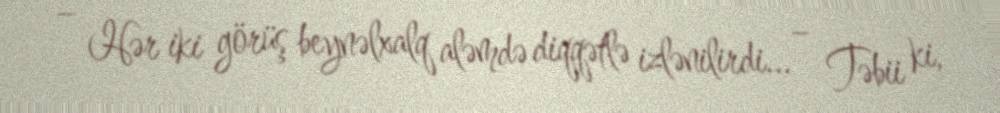
– Hər iki görüş beynəlxalq aləmdə diqqətlə izlənilirdi... – Təbii ki,